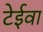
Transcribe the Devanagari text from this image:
टेईवा